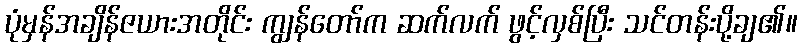
ပုံမှန်အချိန်ဇယားအတိုင်း ကျွန်တော်က ဆက်လက် ဖွင့်လှစ်ပြီး သင်တန်းပို့ချ၏။